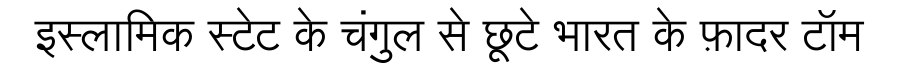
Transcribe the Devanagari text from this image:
इस्लामिक स्टेट के चंगुल से छूटे भारत के फ़ादर टॉम